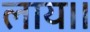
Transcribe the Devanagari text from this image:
लाय।।